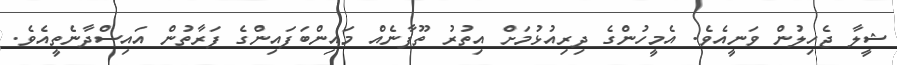
ޝީލާ ޖެހިލުން ވަނީއެވެ. އެމީހުންގެ ދިރިއުޅުމަށް އިތުރު ތޫފާނެއް މައިންބަފައިންގެ ފަރާތުން އައިސްދާނެތީއެވެ.